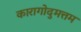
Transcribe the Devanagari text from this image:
कारागोदुमत्तम